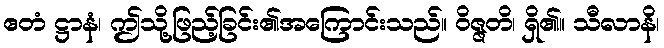
ဧတံ ဋ္ဌာနံ၊ ဤသို့ဖြည့်ခြင်း၏အကြောင်းသည်။ ဝိဇ္ဇတိ၊ ရှိ၏။ သီလာနိ၊